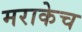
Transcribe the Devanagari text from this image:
मराकेच